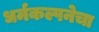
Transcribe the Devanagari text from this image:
धर्मकल्पनेचा